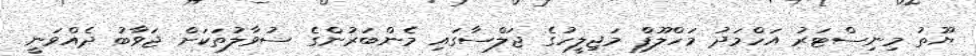
ޔޫތު މިނިސްޓަރު އަހްމަދު މަހްލޫފް މަޖިލީހުގެ ޖަލްސާގައި މެންބަރުންގެ ސުވާލުތަކަށް ޖަވާބު ދެއްވަނީ